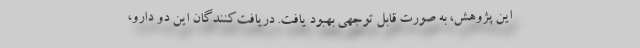
این پژوهش، به صورت قابل توجهی بهبود یافت. دریافت‌کنندگان این دو دارو،